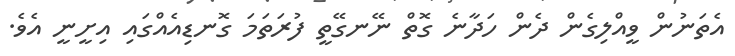
އެތަނުން ވީއްލިގެން ދެން ހަދާނެ ގޮތް ނޭނގޭތީ ފުރަތަމަ ގޮނޑިއެއްގައި އިށީނީ އެވެ.